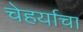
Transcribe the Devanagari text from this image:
चेहर्याचा